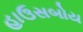
હાઉસબોય